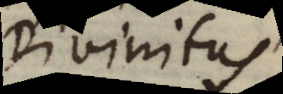
Divinitus